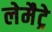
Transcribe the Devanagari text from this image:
लेमैट्रे